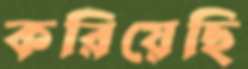
করিয়েছি